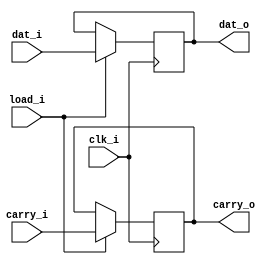
`timescale 1ns / 1ps
module alto_l_reg (
	input             clk_i,
	
	input             load_i,
	input      [15:0] dat_i,
	input             carry_i,
	output reg [15:0] dat_o,
	output reg        carry_o
);

	always @ (posedge clk_i)
		if(load_i)
		begin
			dat_o <= dat_i;
			carry_o <= carry_i;
		end

endmodule